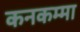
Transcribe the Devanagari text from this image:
कनकम्मा